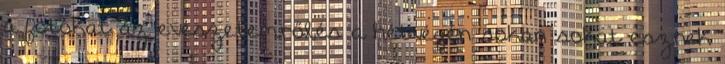
a fotókat az evészetemről,és a hétvégén sokan sokat esznek